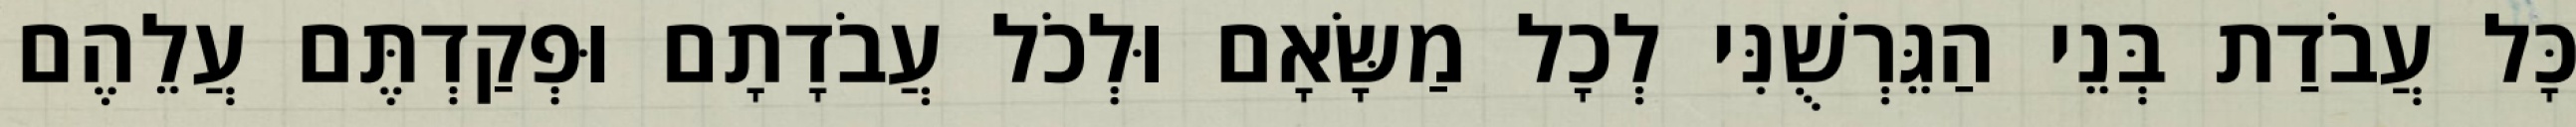
כָּל עֲבֹדַת בְּנֵי הַגֵּרְשֻׁנִּי לְכָל מַשָּׂאָם וּלְכֹל עֲבֹדָתָם וּפְקַדְתֶּם עֲלֵהֶם